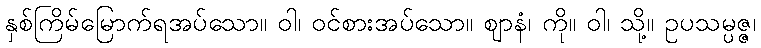
နှစ်ကြိမ်မြောက်ရအပ်သော။ ဝါ၊ ဝင်စားအပ်သော။ ဈာနံ၊ ကို။ ဝါ၊ သို့။ ဥပသမ္ပဇ္ဇ၊